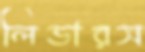
লিডারস